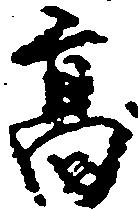
高